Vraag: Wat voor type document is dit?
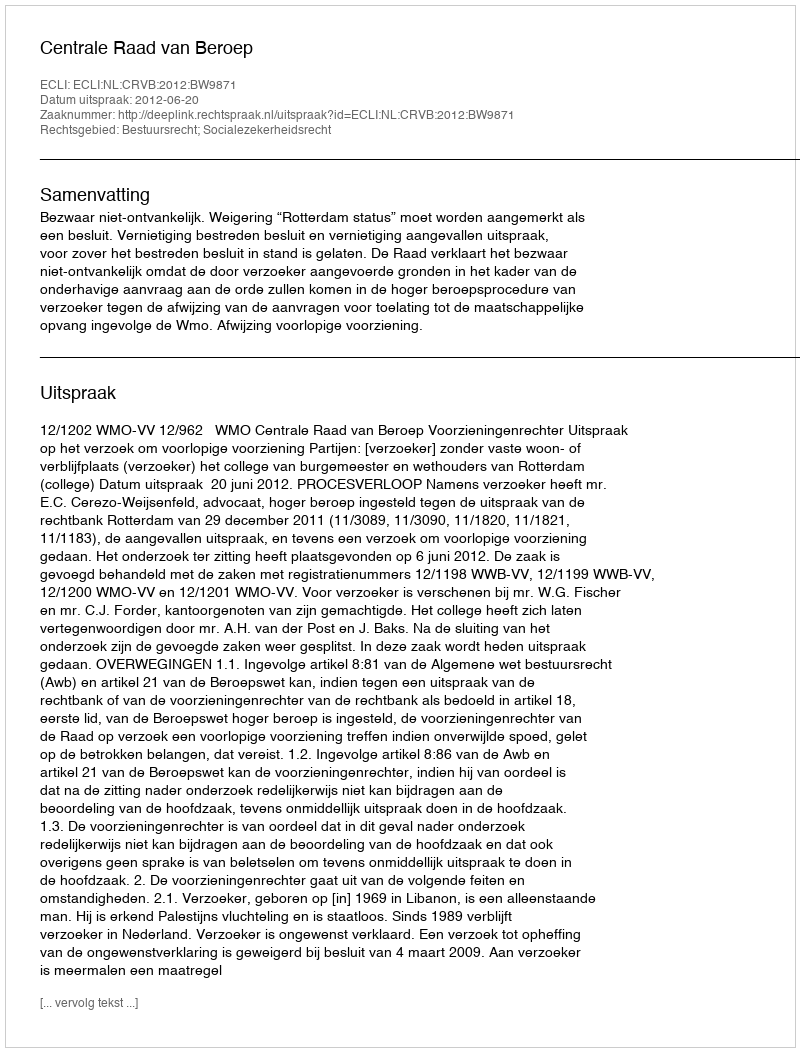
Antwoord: Uitspraak